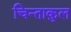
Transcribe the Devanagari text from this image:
चिन्ताकुल